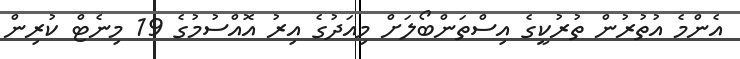
އެންމެ އުތުރުން ތުރުކީގެ އިސްތަންބޯލަށް މިއަދުގެ އިރު އޮއްސުމުގެ 19 މިނެޓް ކުރިން